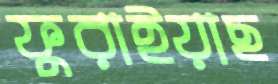
ফুরাইয়াছ